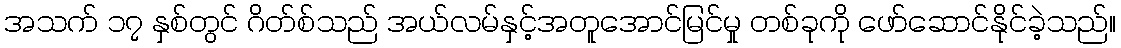
အသက် ၁၇ နှစ်တွင် ဂိတ်စ်သည် အယ်လမ်နှင့်အတူအောင်မြင်မှု တစ်ခုကို ဖော်ဆောင်နိုင်ခဲ့သည်။